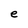
Character: e